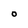
Character: O